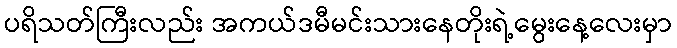
ပရိသတ်ကြီးလည်း အကယ်ဒမီမင်းသားနေတိုးရဲ့မွေးနေ့လေးမှာ